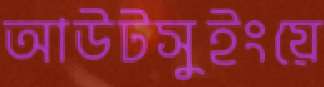
আউটসুইংয়ে